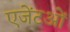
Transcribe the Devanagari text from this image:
एजेंटओं